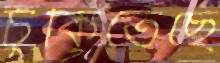
চুকিতেছে